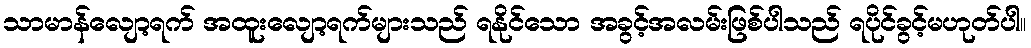
သာမာန်လျော့ရက် အထူးလျော့ရက်များသည် ရနိုင်သော အခွင့်အလမ်းဖြစ်ပါသည် ရပိုင်ခွင့်မဟုတ်ပါ။